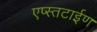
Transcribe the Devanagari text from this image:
एप्स्तटाईण